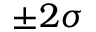
\pm 2 \sigma